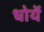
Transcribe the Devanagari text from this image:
धोयें